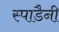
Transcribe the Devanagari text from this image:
स्पाडैनी